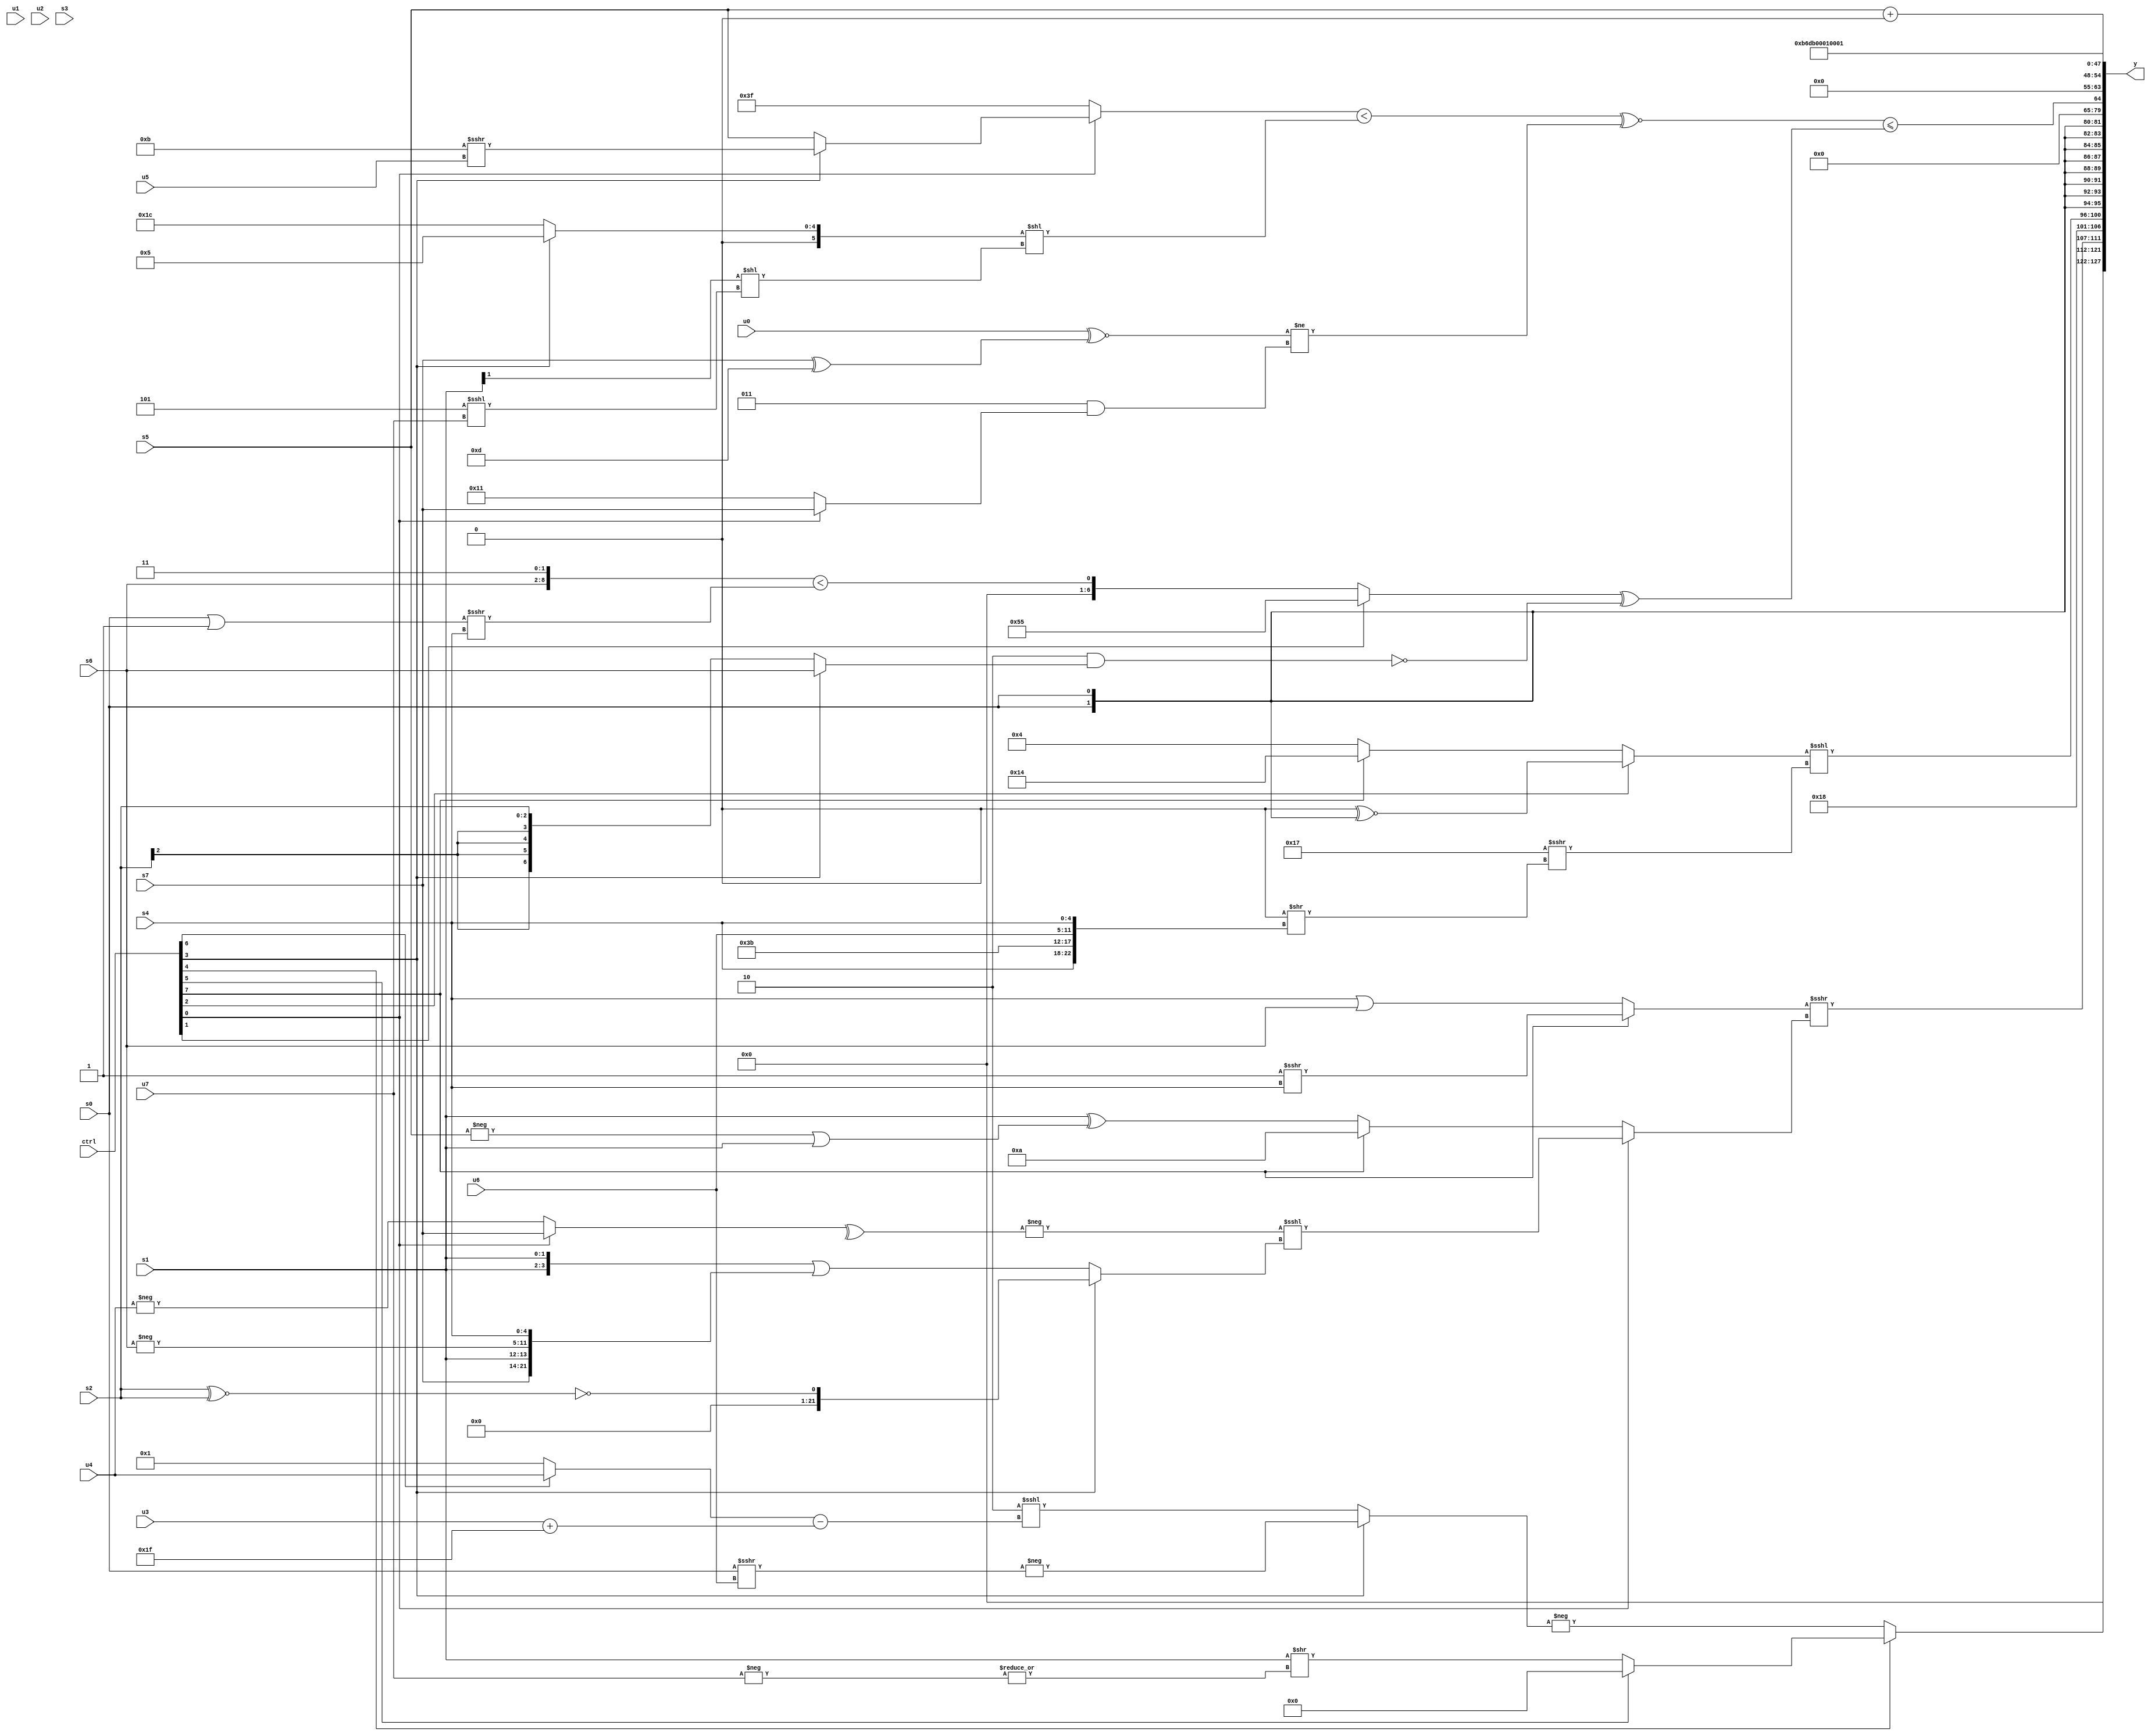
module wideexpr_00947(ctrl, u0, u1, u2, u3, u4, u5, u6, u7, s0, s1, s2, s3, s4, s5, s6, s7, y);
  input [7:0] ctrl;
  input [0:0] u0;
  input [1:0] u1;
  input [2:0] u2;
  input [3:0] u3;
  input [4:0] u4;
  input [5:0] u5;
  input [6:0] u6;
  input [7:0] u7;
  input signed [0:0] s0;
  input signed [1:0] s1;
  input signed [2:0] s2;
  input signed [3:0] s3;
  input signed [4:0] s4;
  input signed [5:0] s5;
  input signed [6:0] s6;
  input signed [7:0] s7;
  output [127:0] y;
  wire [15:0] y0;
  wire [15:0] y1;
  wire [15:0] y2;
  wire [15:0] y3;
  wire [15:0] y4;
  wire [15:0] y5;
  wire [15:0] y6;
  wire [15:0] y7;
  assign y = {y0,y1,y2,y3,y4,y5,y6,y7};
  assign y0 = {1{(ctrl[4]?(ctrl[4]?(ctrl[5]?$signed({$signed(1'b0)}):(s1)>>(|(-(u7)))):((ctrl[3]?$signed({3'sb010,s6}):($signed(s2))>>>(s6)))>>>((ctrl[0]?(ctrl[2]?(s2)>>(6'sb110001):(6'sb011100)&(s3)):(5'sb01110)<<<((s5)-(s6))))):-((ctrl[3]?-($signed((s0)>>>(u6))):($signed(+(3'sb110)))<<<(((ctrl[6]?u4:1'b1))-((u3)+(6'b011111))))))}};
  assign y1 = {((ctrl[7]?(1'sb1)>>>(s4):(s4)|(s6)))>>>((ctrl[0]?(-(^((ctrl[0]?s7:-(u4)))))<<<((ctrl[3]?!(((s2)^~(s2))<<<((6'sb010111)<<(4'sb1111))):({2{+(s1)}})|({s7,$unsigned(s1),-(s6),$signed(s4)}))):(ctrl[7]?4'sb1010:($signed(+(s1)))^($signed((-(s5))|(s1)))))),$signed(-(6'sb101000)),$signed({((ctrl[2]?+(((1'sb1)-(2'sb01))^~({2{s0}})):+($signed((ctrl[7]?5'b10100:3'b100)))))<<<((6'sb010111)>>>({1{((4'b1010)&(1'b1))>>({s4,6'sb111011,u6,s4})}}))})};
  assign y2 = $signed(s0);
  assign y3 = ((((ctrl[0]?(ctrl[3]?(6'sb001011)>>>(u5):$signed(s5)):(1'sb1)|(-(3'sb100))))<(((ctrl[3]?(6'sb111001)^~(3'sb011):$signed(6'sb011100)))<<(((s1)>>>(2'sb01))<<((3'sb101)<<<(u7)))))^~(($signed((u0)^~((s7)^(6'b001101))))!=($signed(($signed(5'sb00011))&((ctrl[0]?s7:6'sb010001))))))<=(((ctrl[1]?{4{2'sb01}}:($signed({s6,2'sb11}))<(((s0)|(6'sb111111))>>>(s4))))^(!((+(3'sb110))&((ctrl[3]?s6:s2)))));
  assign y4 = (s5)+((3'sb101)==(4'b1110));
  assign y5 = {4{6'sb011011}};
  assign y6 = 3'b001;
  assign y7 = {2'sb01};
endmodule